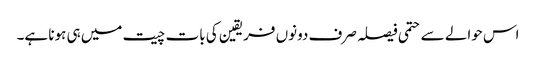
اس حوالے سے حتمی فیصلہ صرف دونوں فریقین کی بات چیت میں ہی ہونا ہے۔